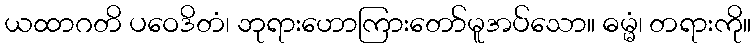
ယထာဂတိ ပဝေဒိတံ၊ ဘုရားဟောကြားတော်မူအပ်သော။ ဓမ္မံ၊ တရားကို။